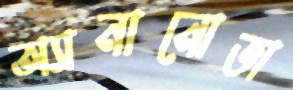
অ্যানানোভা